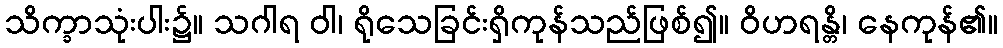
သိက္ခာသုံးပါး၌။ သဂါရ ဝါ၊ ရိုသေခြင်းရှိကုန်သည်ဖြစ်၍။ ဝိဟရန္တိ၊ နေကုန်၏။